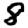
Digit: 8